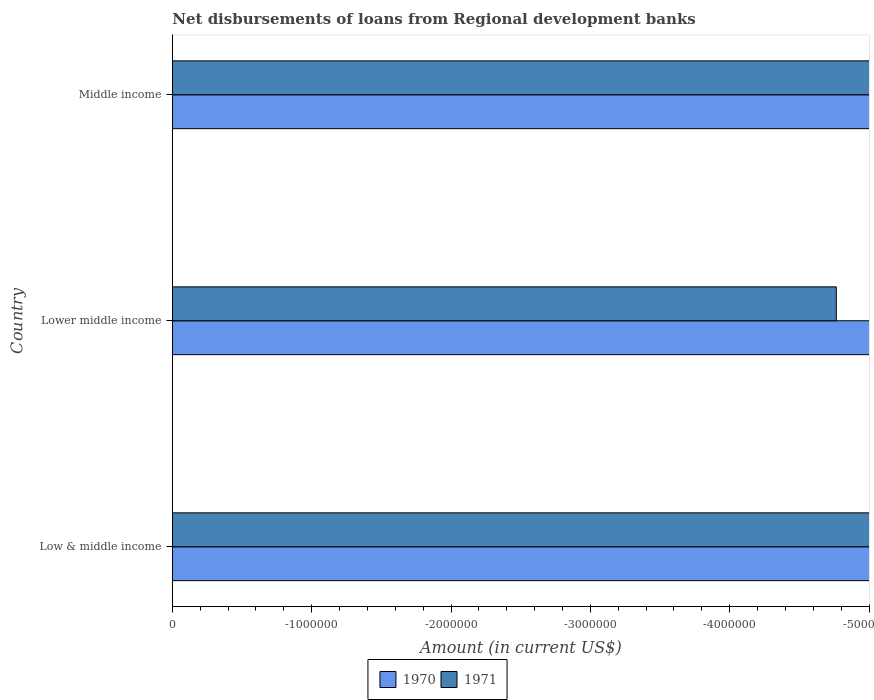
| Country | 1970 | 1971 |
 | --- | --- | --- |
 | Low & middle income | -2.02e+08 | -1.57e+07 |
 | Lower middle income | -2.02e+08 | -4.76e+06 |
 | Middle income | -2.02e+08 | -1.22e+07 |